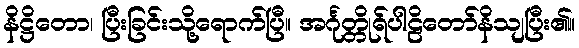
နိဋ္ဌိတော၊ ပြီးခြင်းသို့ရောက်ပြီ။ အင်္ဂုတ္တိုရ်ပါဠိတော်နိသျပြီး၏။